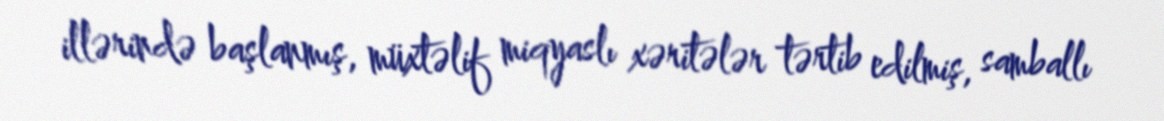
illərində başlanmış, müxtəlif miqyaslı xəritələr tərtib edilmiş, samballı